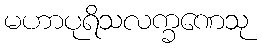
မဟာပုရိသလက္ခဏေသု